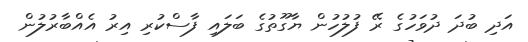
އަދި ބުދަ ދުވަހުގެ ރޭ ފުލުހުން ޔާގޫތުގެ ބަލައި ފާސްކުރި އިރު އެއްބާރުލުން